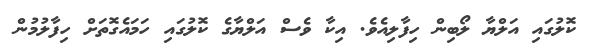
ކޮލުގައި އަލްޔާ ލޯބިން ހިފާލިއެވެ. އިކާ ވެސް އަލްޔާގެ ކޮލުގައި ހަމައެގޮތަށް ހިފާލުމުން